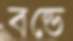
বন্ডে